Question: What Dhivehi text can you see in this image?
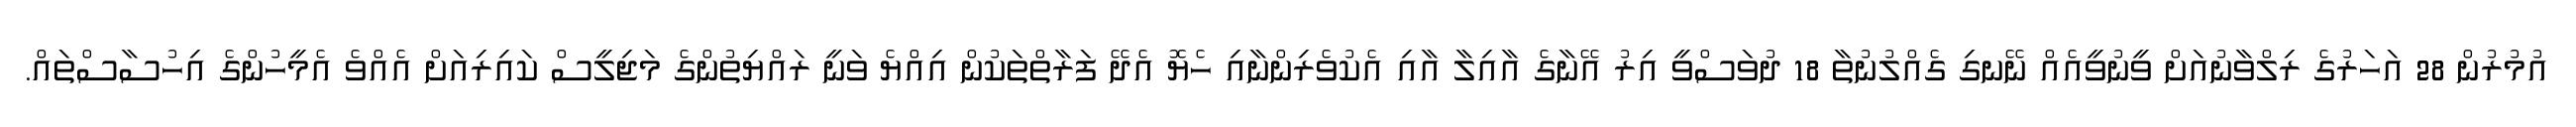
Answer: އުމުރުން 28 އަހަރުގެ ރިލްވާނުއަށް ވީނުވީއެއް ނޭނގި ގެއްލުނުތާ 18 ދުވަސްވީ އިރު އޭނާގެ އާއިލާ އާއި އެކުވެރިންނާއި ހެޔޮ އެދޭ ފަރާތްތަކުން އިއްޔެ ވަނީ ރައްޔިތުންގެ މަޖިލީސް ކައިރިއަށް އެއްވެ އެމީހުންގެ އިހުސާސްތައް.